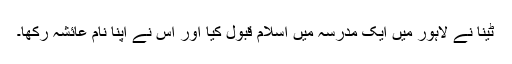
ٹینا نے لاہور میں ایک مدرسہ میں اسلام قبول کیا اور اس نے اپنا نام عائشہ رکھا۔